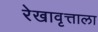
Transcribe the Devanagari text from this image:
रेखावृत्ताला